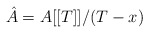
\begin{align*}\hat A = A[[T]]/(T - x)\end{align*}